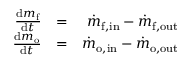
\begin{array} { r l r } { \frac { \mathrm { d } m _ { \mathrm { f } } } { \mathrm { d } t } } & { = } & { \dot { m } _ { \mathrm { f , i n } } - \dot { m } _ { \mathrm { f , o u t } } } \\ { \frac { \mathrm { d } m _ { \mathrm { o } } } { \mathrm { d } t } } & { = } & { \dot { m } _ { \mathrm { o , i n } } - \dot { m } _ { \mathrm { o , o u t } } } \end{array}